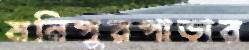
মনিপুরপাড়ার